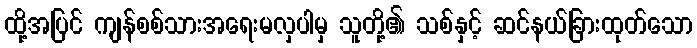
ထို့အပြင် ကျန်စစ်သားအရေးမလှပါမှ သူတို့၏ သစ်နှင့် ဆင်နယ်ခြားထုတ်သော